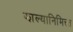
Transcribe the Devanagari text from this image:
झाल्यानिमित्त्त